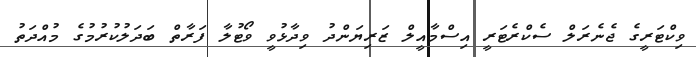
ވިކްޓަރީގެ ޖެނެރަލް ސެކްރެޓަރީ އިސްމާއީލް ޒަރިޔަންދު ވިދާޅުވީ ވޯޓުލާ ފަރާތް ބަދަލުކުރުމުގެ މުއްދަތު